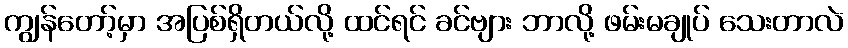
ကျွန်တော့်မှာ အပြစ်ရှိတယ်လို့ ထင်ရင် ခင်ဗျား ဘာလို့ ဖမ်းမချုပ် သေးတာလဲ